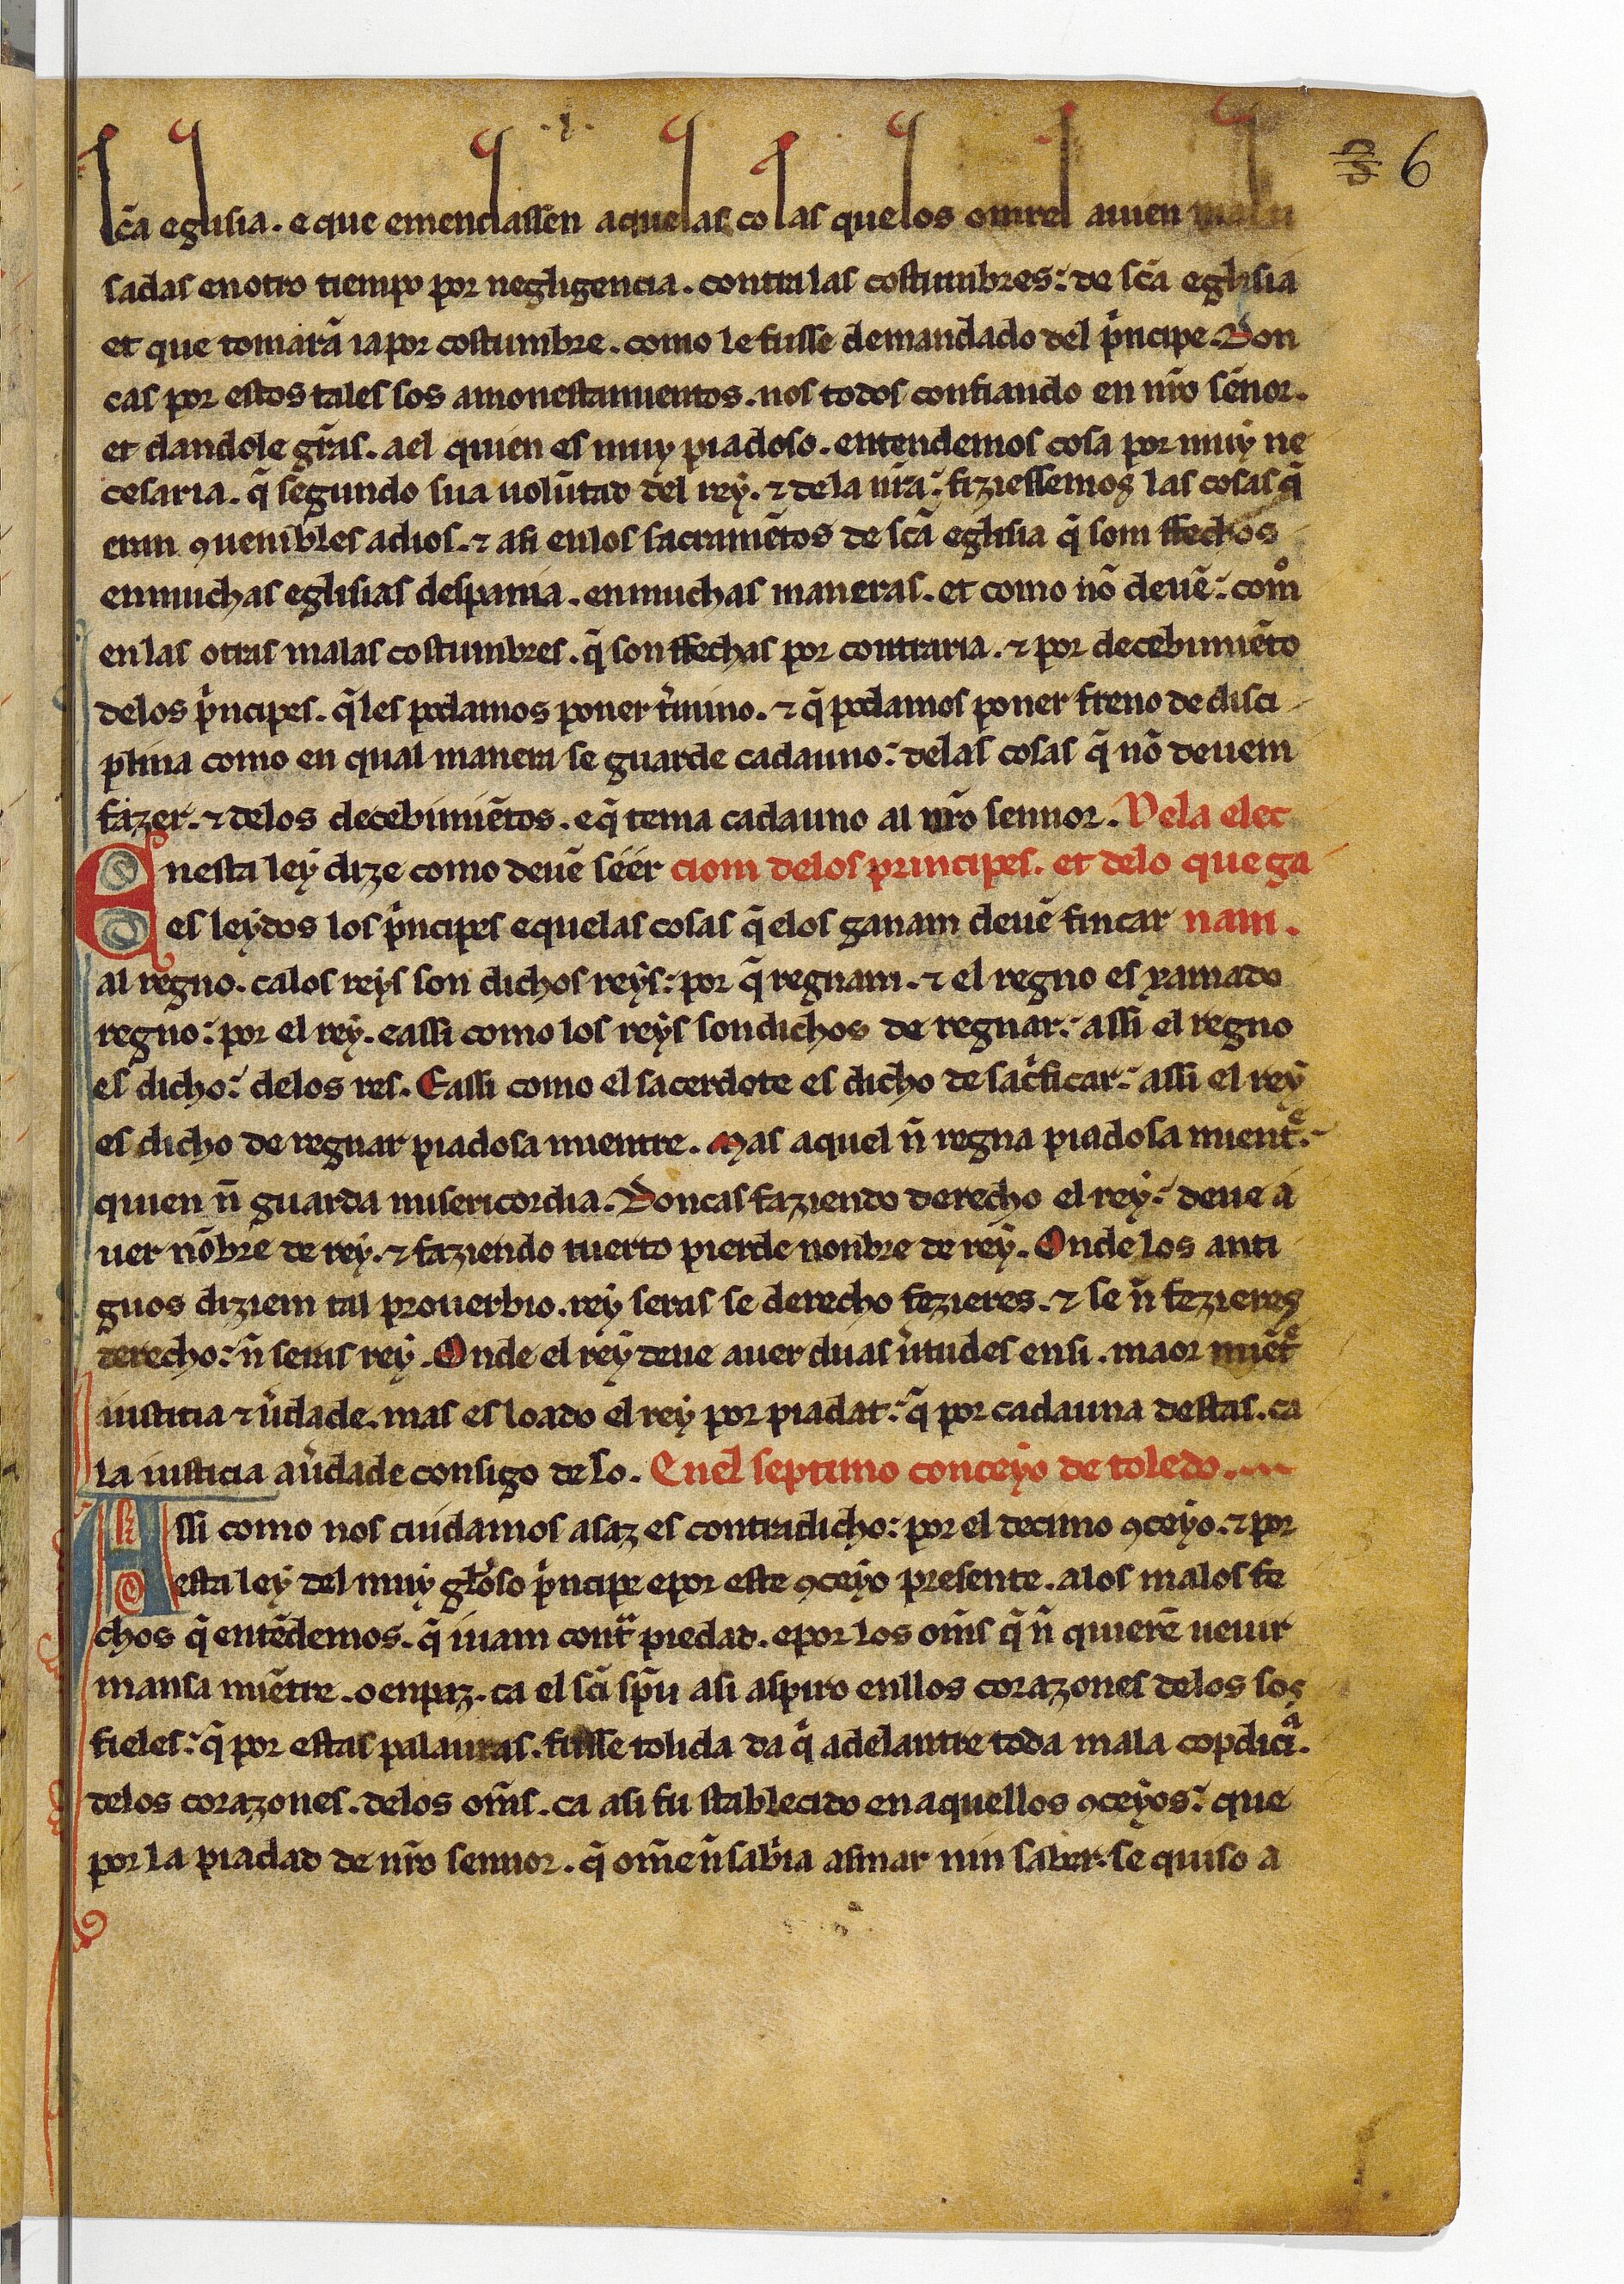
Shelfmark: Paris, BnF, esp. 256
Century: 13